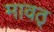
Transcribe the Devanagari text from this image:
मावठ्